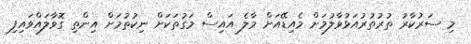
މި ސަރުކާރު ތުރުތުރުއަޅުވާލުމަށް މެއިޑޭއަށް މާލެ އައިސް މަގުތަކަށް ނިކުތުމަށް އިންތި ގޮވާލައްވައިފި